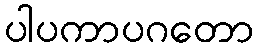
ပါပကာပဂတော